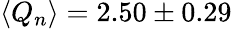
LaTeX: \langle Q_{n}\rangle=2.50\pm 0.29